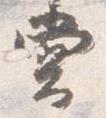
堂